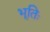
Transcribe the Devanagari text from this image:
भूतिः